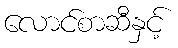
လောင်စာဆီနှင့်